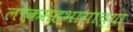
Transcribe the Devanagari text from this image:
लोकसहभागाच्या